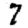
Digit: 7